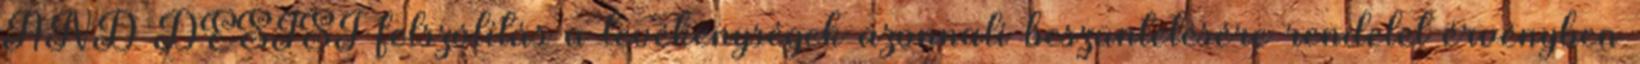
AND DESIST felszólítás a tevékenységek azonnali beszüntetésére rendelet érvényben